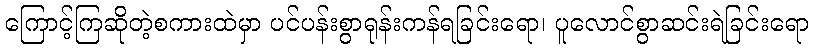
ကြောင့်ကြဆိုတဲ့စကားထဲမှာ ပင်ပန်းစွာရုန်းကန်ရခြင်းရော၊ ပူလောင်စွာဆင်းရဲခြင်းရော